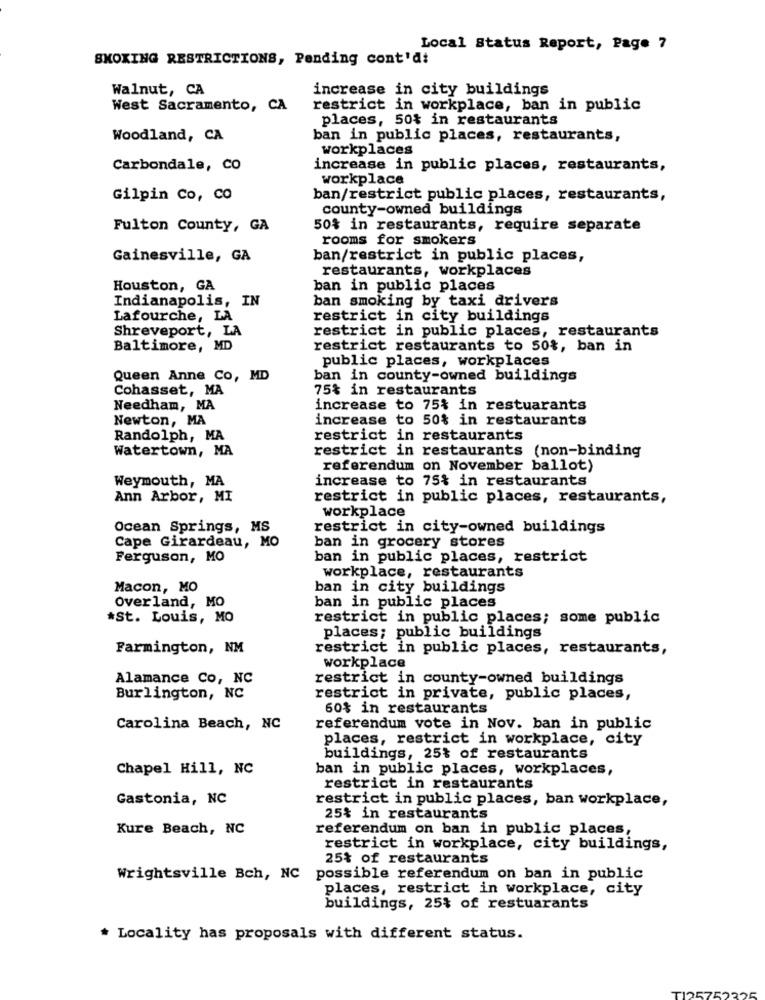
Local Status Report, Page 7
SKOKING RESTRICTIONS, Pending cont'di
Walnut, CA
increase in city buildings
West Sacramento, CA
restrict in workplace, ban in public
places, 50% in restaurants
Woodland, CA
ban in public places, restaurants,
workplaces
Carbondale, CO
increase in public places, restaurants,
workplace
Gilpin Co, CO
ban/restrict public places, restaurants,
county-owned buildings
Fulton County, GA
50% in restaurants, require separate
rooms for smokers
Gainesville, GA
ban/restrict in public places,
restaurants, workplaces
Houston, GA
ban in public places
Indianapolis, IN
ban smoking by taxi drivers
Lafourche, LA
restrict in city buildings
restrict in public places, restaurants
Shreveport, LA
Baltimore, MD
restrict restaurants to 50%, ban in
public places, workplaces
Queen Anne Co, MD
ban in county-owned buildings
Cohasset, MA
75% in restaurants
Needham, MA
increase to 75% in restuarants
Newton, MA
increase to 50% in restaurants
Randolph, MA
restrict in restaurants
Watertown, MA
restrict in restaurants (non-binding
referendum on November ballot)
Weymouth, MA
increase to 75% in restaurants
Ann Arbor, MI
restrict in public places, restaurants,
workplace
Ocean Springs, MS
restrict in city-owned buildings
Cape Girardeau, MO
ban in grocery stores
Ferguson, MO
ban in public places, restrict
workplace, restaurants
Macon, MO
ban in city buildings
Overland, MO
ban in public places
*St. Louis, MO
restrict in public places; some public
places; public buildings
Farmington, NM
restrict in public places, restaurants,
workplace
Alamance Co, NC
restrict in county-owned buildings
Burlington, NC
restrict in private, public places,
60% in restaurants
Carolina Beach, NC
referendum vote in Nov. ban in public
places, restrict in workplace, city
buildings, 25% of restaurants
Chapel Hill, NC
ban in public places, workplaces,
restrict in restaurants
Gastonia, NC
restrict in public places, ban workplace,
25% in restaurants
Kure Beach, NC
referendum on ban in public places,
restrict in workplace, city buildings,
25% of restaurants
Wrightsville Bch, NC
possible referendum on ban in public
places, restrict in workplace, city
buildings, 25% of restuarants
* Locality has proposals with different status.